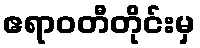
ဧရာဝတီတိုင်းမှ